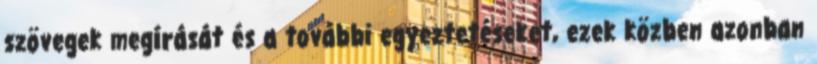
szövegek megírását és a további egyeztetéseket, ezek közben azonban